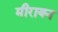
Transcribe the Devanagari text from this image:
मीरायन